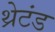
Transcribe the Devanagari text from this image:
थ्रेटंड